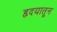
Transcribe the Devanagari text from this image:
हृदयातून